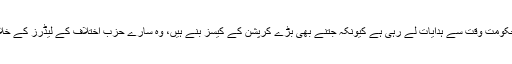
نیب نے بطور ایجنسی، باربار یہ ثابت کیا ہے کہ وہ حکومت وقت سے ہدایات لے رہی ہے کیونکہ جتنے بھی بڑے کرپشن کے کیسز بنے ہیں، وہ سارے حزب اختلاف کے لیڈرز کے خلاف بنائے گئے ہیں، البتہ ثابت کوئی کیس نہیں کیا گیا۔